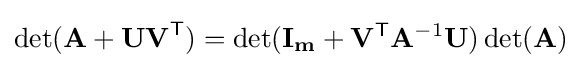
\det(\mathbf {A} +\mathbf {UV} ^{\textsf {T}})=\det(\mathbf {I_{m}} +\mathbf {V} ^{\textsf {T}}\mathbf {A} ^{-1}\mathbf {U} )\det(\mathbf {A} )